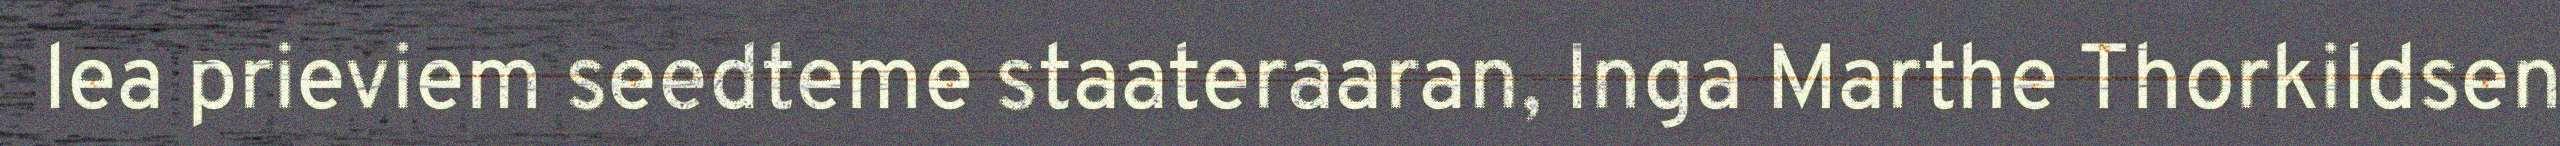
lea prieviem seedteme staateraaran, Inga Marthe Thorkildsen